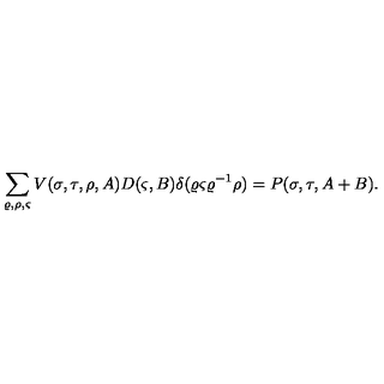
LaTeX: \sum _ { \varrho , \rho , \varsigma } V ( \sigma , \tau , \rho , A ) D ( \varsigma , B ) \delta ( \varrho \varsigma \varrho ^ { - 1 } \rho ) = P ( \sigma , \tau , A + B ) .